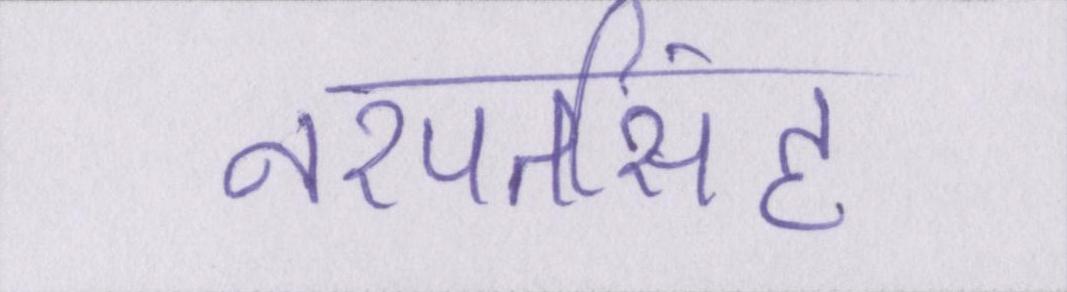
नरपतसिंह